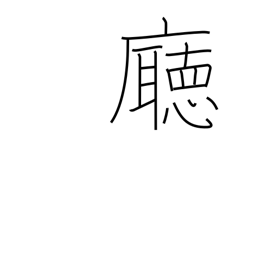
Meaning: government office